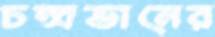
চন্দ্রভানের